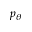
p _ { \theta }